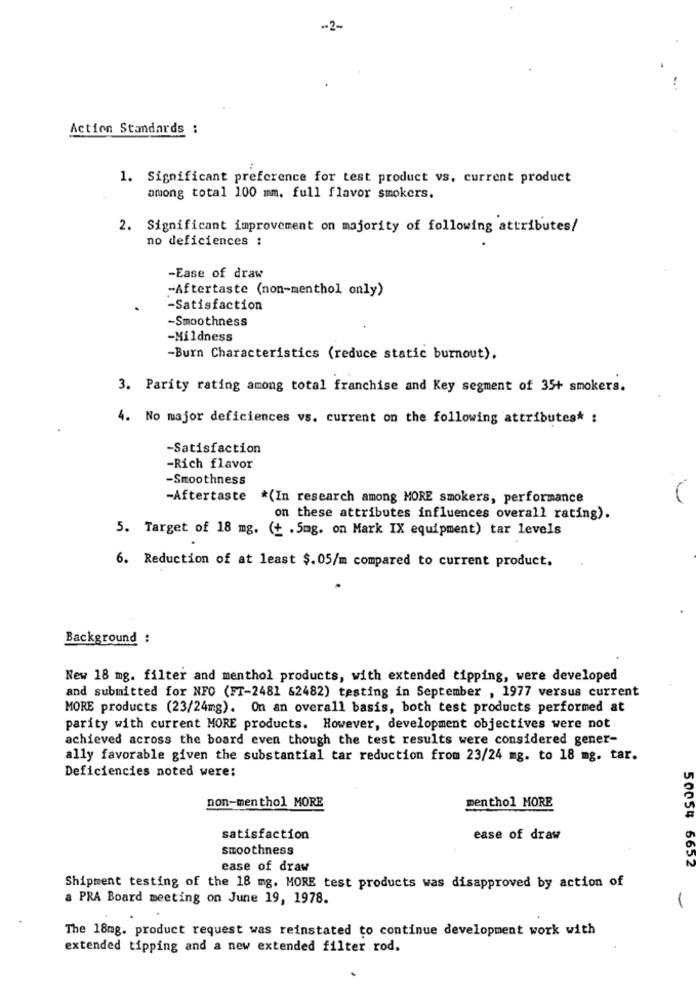
Action Standards :
1. Significant preference for test product vs. current product
among total 100 mm. full flavor smokers.
2. Significant improvement on majority of following attributes/
no deficiences :
-Ease of draw
-Aftertaste (non-menthol only)
-Satisfaction
-Smoothness
-Mildness
-Burn Characteristics (reduce static burnout).
3. Parity rating among total franchise and Key segment of 35+ smokers.
4. No major deficiences vs. current on the following attributes* :
-Satisfaction
-Rich flavor
-Smoothness
-Aftertaste
*(In research among MORE smokers, performance
on these attributes influences overall rating).
5. Target of 18 mg. (+ .5mg. on Mark IX equipment) tar levels
6. Reduction of at least $.05/m compared to current product.
Background :
New 18 mg. filter and menthol products, with extended tipping, were developed
and submitted for NFO (FT-2481 62482) testing in September , 1977 versus current
MORE products (23/24mg). On an overall basis, both test products performed at
parity with current MORE products. However, development objectives were not
achieved across the board even though the test results were considered gener-
ally favorable given the substantial tar reduction from 23/24 mg. to 18 mg. tar.
Deficiencies noted were:
non-menthol MORE
menthol MORE
satisfaction
ease of draw
smoothness
ease of draw
50054 6652
Shipment testing of the 18 mg. MORE test products was disapproved by action of
a PRA Board meeting on June 19, 1978.
The 18mg. product request was reinstated to continue development work with
extended tipping and a new extended filter rod.